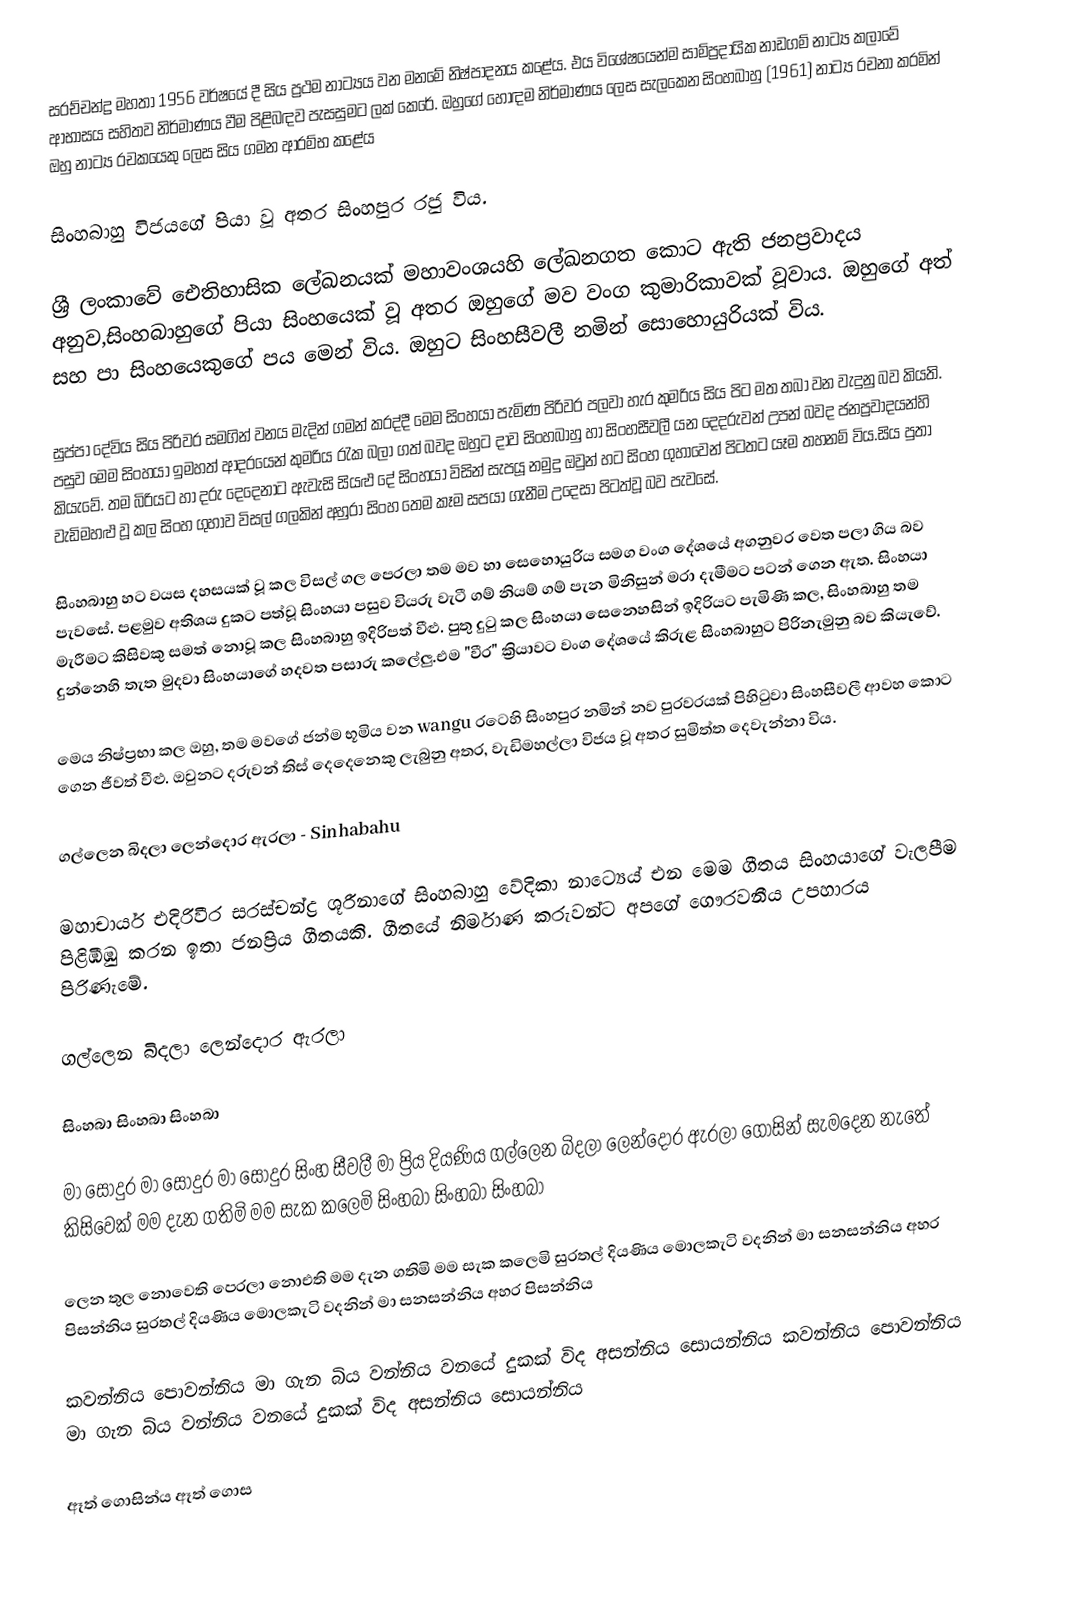
සරච්චන්ද්‍ර මහතා 1956 වර්ෂයේ දී සිය ප්‍රථම නාට්‍යය වන මනමේ නිෂ්පාදනය කළේය. එය විශේෂයෙන්ම සාම්ප්‍රදායික නාඩගම් නාට්‍ය කලාවේ ආභාසය සහිතව නිර්මාණය වීම පිළිබඳව පැසසුමට ලක් කෙරේ. ඔහුගේ හොඳම නිර්මාණය ලෙස සැලකෙන සිංහබාහු (1961) නාට්‍ය රචනා කරමින් ඔහු නාට්‍ය රචකයෙකු ලෙස සිය ගමන ආරම්භ කළේය

සිංහබාහු විජයගේ පියා වූ අතර සිංහපුර රජු විය.

ශ්‍රී ලංකාවේ ඓතිහාසික ලේඛනයක් මහාවංශයහි ලේඛනගත කොට ඇති ජනප්‍රවාදය අනුව,සිංහබාහුගේ පියා සිංහයෙක් වූ අතර ඔහුගේ මව වංග කුමාරිකාවක් වූවාය. ඔහුගේ අත් සහ පා සිංහයෙකුගේ පය මෙන් විය. ඔහුට සිංහසීවලී නමින් සොහොයුරියක් විය.

සුප්පා දේවිය සිය පිරිවර සමගින් වනය මැදින් ගමන් කරද්දී මෙම සිංහයා පැමිණ පිරිවර පලවා හැර කුමරිය සිය පිට මත තබා වන වැදුනු බව කියති. පසුව මෙම සිංහයා ඉමහත් ආදරයෙන් කුමරිය රැක බලා ගත් බවද ඔහුට දාව සිංහබාහු හා සිංහසීවලී යන දෙදරුවන් උපන් බවද ජනප්‍රවාදයන්හි කියැවේ. තම බිරියට හා දරු දෙදෙනාට ඇවැසි සියළු දේ සිංහයා විසින් සැපයූ නමුදු ඔවුන් හට සිංහ ගුහාවෙන් පිටතට යෑම තහනම් විය.සිය පුතා වැඩිමහළු වූ කල සිංහ ගුහාව විසල් ගලකින් අහුරා සිංහ තෙම කෑම සපයා ගැනීම උදෙසා පිටත්වූ බව පැවසේ.

සිංහබාහු හට වයස දහසයක් වූ කල විසල් ගල පෙරලා තම මව හා සෙහොයුරිය සමග වංග දේශයේ අගනුවර වෙත පලා ගිය බව පැවසේ. පළමුව අතිශය දුකට පත්වූ සිංහයා පසුව වියරු වැටී ගම් නියම් ගම් පැන මිනිසුන් මරා දැමීමට පටන් ගෙන ඇත. සිංහයා මැරීමට කිසිවකු සමත් නොවූ කල සිංහබාහු ඉදිරිපත් වීළු. පුතු දුටු කල සිංහයා සෙනෙහසින් ඉදිරියට පැමිණි කල, සිංහබාහු තම දුන්නෙහි තැත මුදවා සිංහයාගේ හදවත පසාරු කලේලු.එම "වීර" ක්‍රියාවට වංග දේශයේ කිරුළ සිංහබාහුට පිරිනැමුනු බව කියැවේ.

මෙය නිෂ්ප්‍රභා කල ඔහු, තම මවගේ ජන්ම භූමිය වන wangu රටෙහි සිංහපුර නමින් නව පුරවරයක් පිහිටුවා සිංහසීවලී ආවහ කොට ගෙන ජීවත් වීළු. ඔවුනට දරුවන් තිස් දෙදෙනෙකු ලැබුනු අතර, වැඩිමහල්ලා විජය වූ අතර සුමිත්ත දෙවැන්නා විය.

ගල්ලෙන බිදලා ලෙන්දොර ඇරලා - Sinhabahu

මහාචාර්ය එදිරිවීර සරස්චන්ද්‍ර ශූරීනාගේ සිංහබාහු වේදිකා නාට්‍යෙය් එන මෙම ගීතය සිංහයාගේ වැලපීම පිළිඹිඹු කරන ඉතා ජනප්‍රිය ගීතයකි. ගීතයේ නිර්මාණ කරුවන්ට අපගේ ගෞරවනීය උපහාරය පිරිණැමේ.

ගල්ලෙන බිදලා ලෙන්දොර ඇරලා

සිංහබා සිංහබා සිංහබා

මා සොදුර මා සොදුර මා සොදුර සිංහ සීවලී මා ප්‍රිය දියණිය ගල්ලෙන බිදලා ලෙන්දොර ඇරලා ගොසින් සැමදෙන නැතේ කිසිවෙක් මම දැන ගතිමි මම සැක කලෙමි සිංහබා සිංහබා සිංහබා

ලෙන තුල නොවෙති පෙරලා නොඑති මම දැන ගතිමි මම සැක කලෙමි සුරතල් දියණිය මොලකැටි වදනින් මා සනසන්නිය අහර පිසන්නිය සුරතල් දියණිය මොලකැටි වදනින් මා සනසන්නිය අහර පිසන්නිය

කවන්නිය පොවන්නිය මා ගැන බිය වන්නිය වනයේ දුකක් විද අසන්නිය සොයන්නිය කවන්නිය පොවන්නිය මා ගැන බිය වන්නිය වනයේ දුකක් විද අසන්නිය සොයන්නිය

ඈත් ගොසින්ය ඈත් ගොස